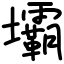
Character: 壩